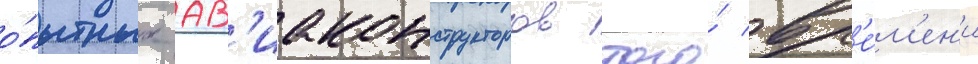
о́пытных ав'иаконструкторов того́ вр'е́м'ен'и